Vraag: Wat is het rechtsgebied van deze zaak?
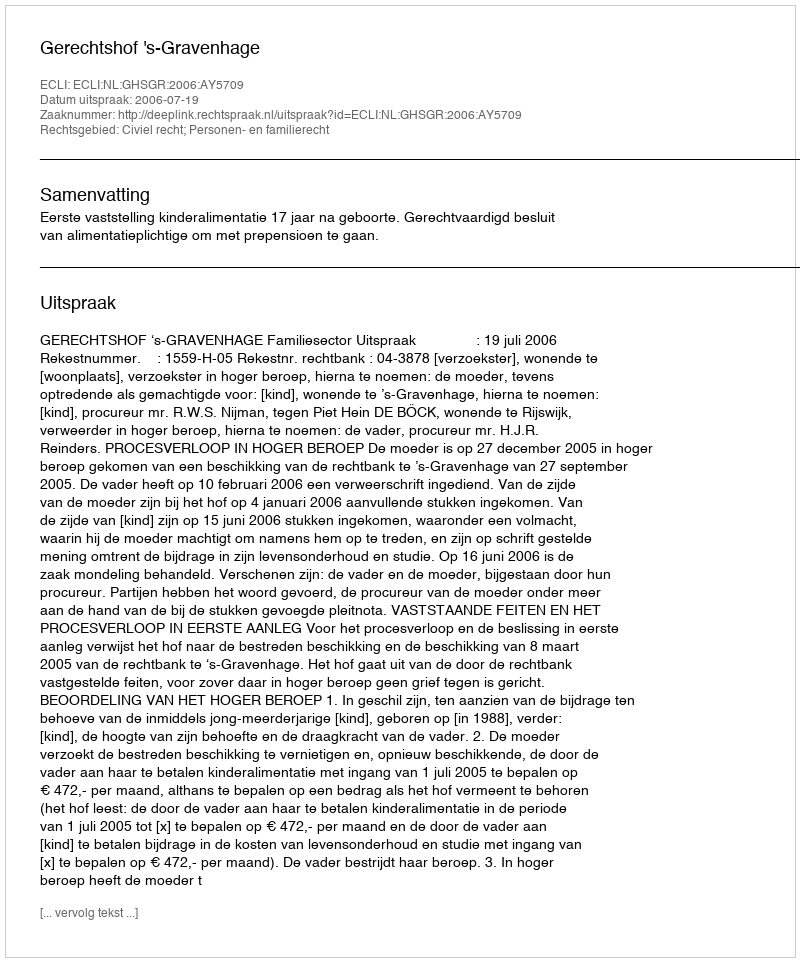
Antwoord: Civiel recht; Personen- en familierecht